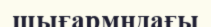
шығармндағы